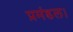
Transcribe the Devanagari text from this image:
प्रमंडल।